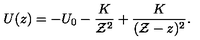
U ( z ) = - U _ { 0 } - { \frac { K } { { \cal Z } ^ { 2 } } } + { \frac { K } { ( { \cal Z } - z ) ^ { 2 } } } .